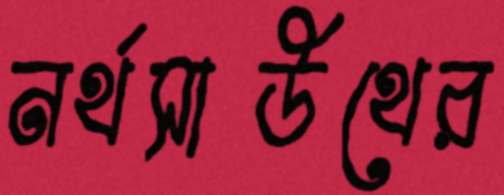
নর্থসাউথের